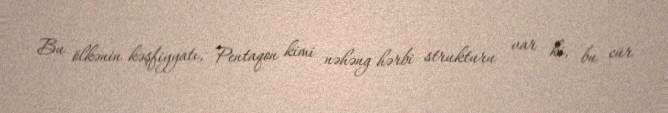
Bu ölkənin kəşfiyyatı, Pentaqon kimi nəhəng hərbi strukturu var ki, bu cür